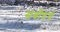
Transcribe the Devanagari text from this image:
सर्वोदयं